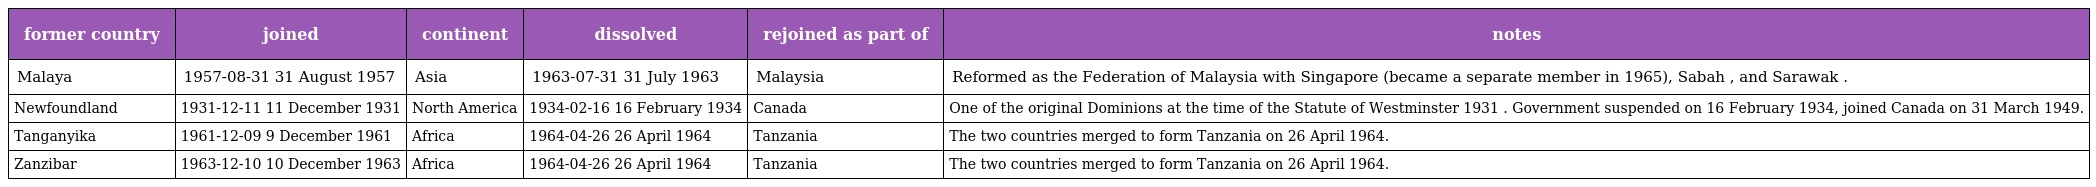
| former country | joined | continent | dissolved | rejoined as part of | notes |
 | --- | --- | --- | --- | --- | --- |
 | Malaya | 1957-08-31 31 August 1957 | Asia | 1963-07-31 31 July 1963 | Malaysia | Reformed as the Federation of Malaysia with Singapore (became a separate member in 1965), Sabah , and Sarawak . |
 | Newfoundland | 1931-12-11 11 December 1931 | North America | 1934-02-16 16 February 1934 | Canada | One of the original Dominions at the time of the Statute of Westminster 1931 . Government suspended on 16 February 1934, joined Canada on 31 March 1949. |
 | Tanganyika | 1961-12-09 9 December 1961 | Africa | 1964-04-26 26 April 1964 | Tanzania | The two countries merged to form Tanzania on 26 April 1964. |
 | Zanzibar | 1963-12-10 10 December 1963 | Africa | 1964-04-26 26 April 1964 | Tanzania | The two countries merged to form Tanzania on 26 April 1964. |